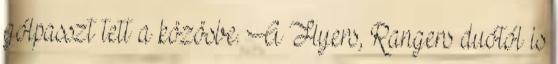
gólpasszt tett a közösbe. A Flyers, Rangers duótól is